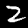
Digit: 2